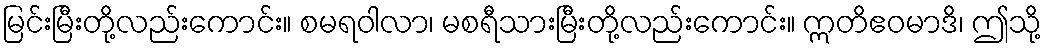
မြင်းမြီးတို့လည်းကောင်း။ စမရဝါလာ၊ မစရီသားမြီးတို့လည်းကောင်း။ ဣတိဧဝမာဒိ၊ ဤသို့